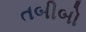
તબીબો